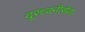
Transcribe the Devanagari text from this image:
दूरध्वनीसेवा